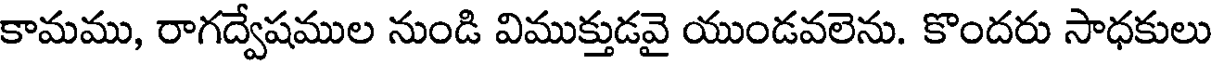
కామము, రాగద్వేషముల నుండి విముక్తుడవై యుండవలెను. కొందరు సాధకులు